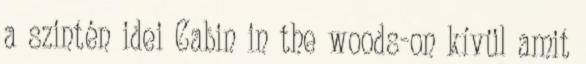
a szintén idei Cabin in the woods-on kívül amit